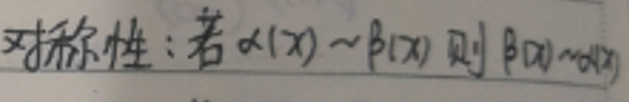
对称性：若\(\alpha(x) \sim \beta(x)\)则\(\beta(x) \sim \alpha(x)\)